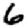
Digit: 6